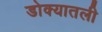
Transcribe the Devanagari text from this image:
डोक्यातली